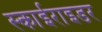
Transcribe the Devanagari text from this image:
स्काईराइडर